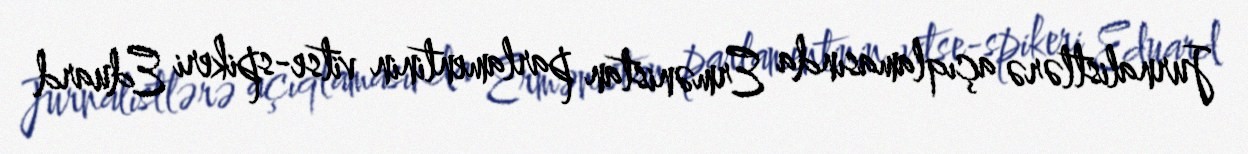
Jurnalistlərə açıqlamasında Ermənistan parlamentinin vitse-spikeri Eduard